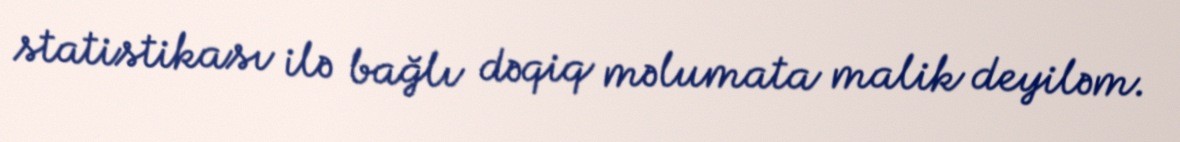
statistikası ilə bağlı dəqiq məlumata malik deyiləm.